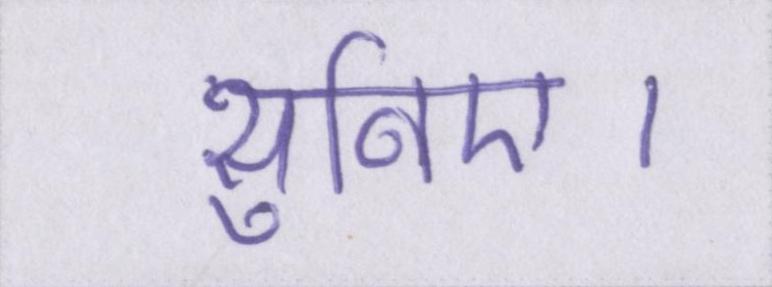
सुनिए।